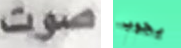
صوت يجوب